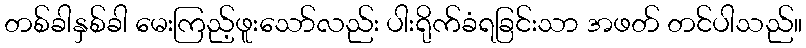
တစ်ခါနှစ်ခါ မေးကြည့်ဖူးသော်လည်း ပါးရိုက်ခံရခြင်းသာ အဖတ် တင်ပါသည်။